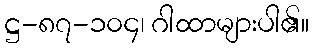
ဋ္ဌ-၈၇-၁၀၄၊ ဂါထာများပါ၏။